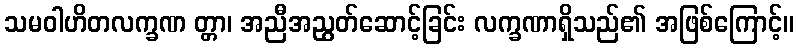
သမဝါဟိတလက္ခဏ တ္တာ၊ အညီအညွတ်ဆောင့်ခြင်း လက္ခဏာရှိသည်၏ အဖြစ်ကြောင့်။